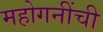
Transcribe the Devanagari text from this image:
महोगनींची